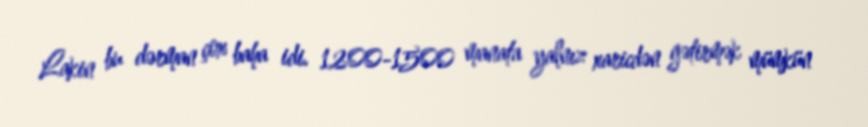
Lakin bu dərman çox baha idi. 1200-1500 manata yalnız xaricdən gətirmək mümkün